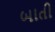
બાતી